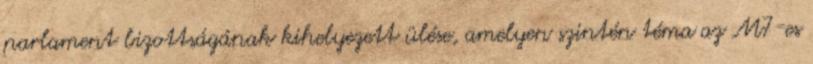
parlament bizottságának kihelyezett ülése, amelyen szintén téma az M7-es